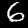
Label: 6